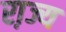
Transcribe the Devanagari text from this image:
रा़ज्य